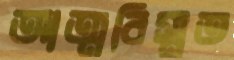
আত্মবিস্মৃত